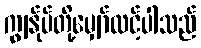
ကျွန်ုပ်တို့မျှော်လင့်ပါသည်